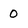
Character: O